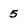
Character: 5